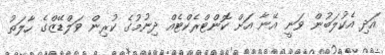
އަދި އެކުލަބުން ވަނީ އޭނާ އަށް ކޮންޓްރެކްޓެއް ދިނުމުގެ ކުރިން ވަލްޑޭޒްގެ ހާލަތު